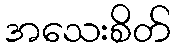
အသေးစိတ်